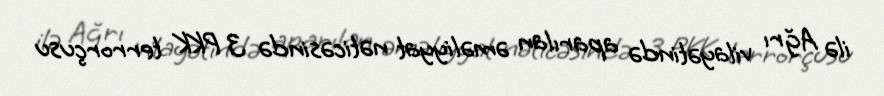
ilə Ağrı vilayətində aparılan əməliyyat nəticəsində 3 PKK terrorçusu